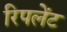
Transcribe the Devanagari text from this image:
रिपलेंट